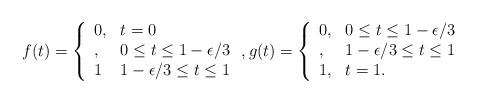
\begin{align*}f(t) = \left\{ \begin{array}{ll} 0, & t=0 \\ , & 0 \leq t \leq 1-\epsilon/3 \\ 1 & 1-\epsilon/3 \leq t \leq 1 \end{array} \right. , g(t) = \left\{ \begin{array}{ll} 0, & 0 \leq t \leq 1-\epsilon/3 \\ , & 1-\epsilon/3 \leq t \leq 1 \\ 1, & t=1. \end{array} \right.\end{align*}